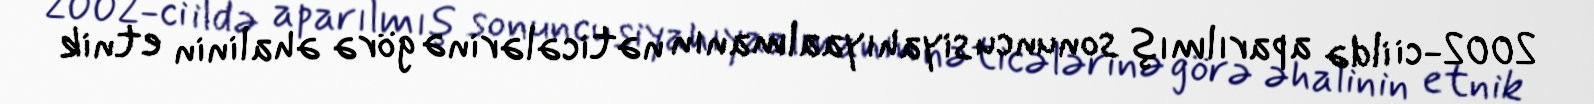
2002-ci ildə aparılmış sonuncu siyahıyaalmanın nəticələrinə görə əhalinin etnik